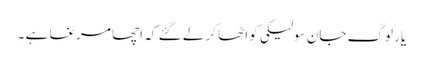
یار لوگ جان سولیکی کو اٹھا کر لے گئے کہ اچھا مرغا ہے ۔